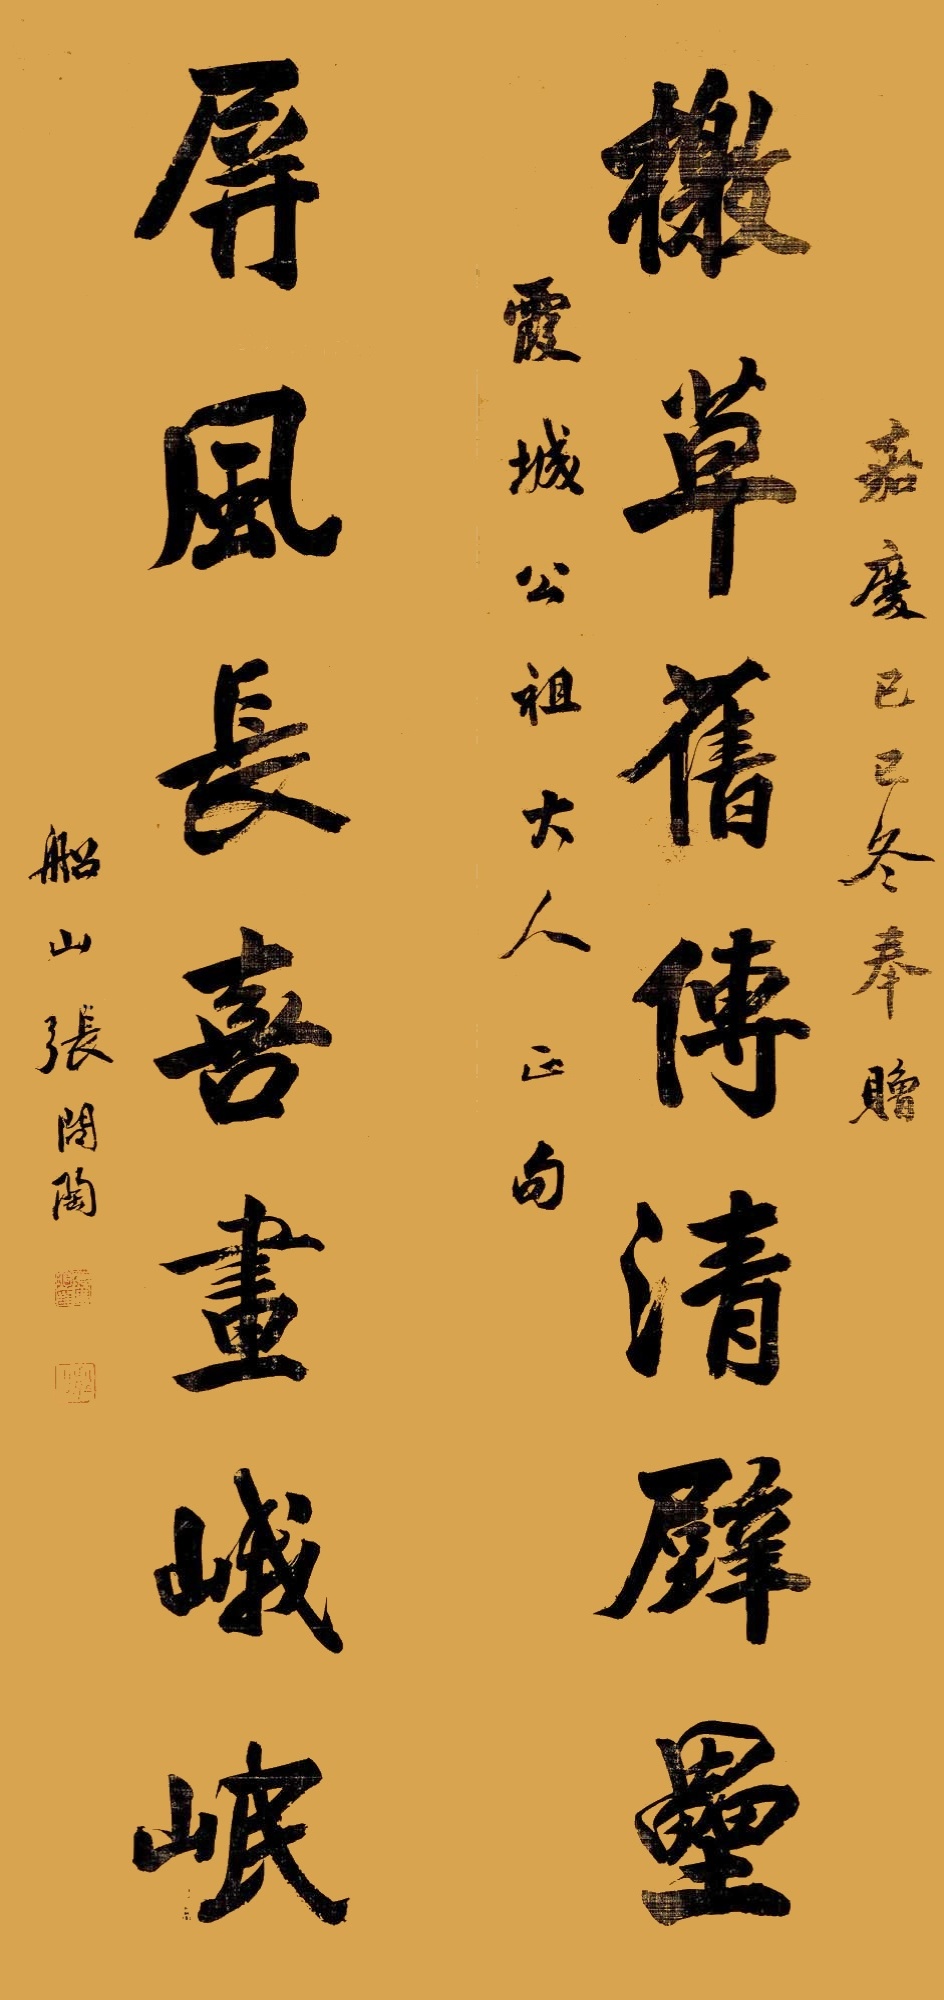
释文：檄草旧传清壁垒，屏风长喜画峨岷。嘉庆己巳冬，奉赠霞城公祖大人正句。船山张问陶。